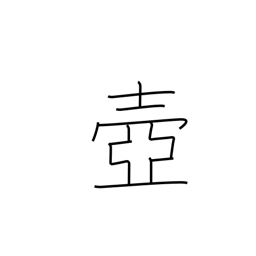
Meaning: pot